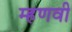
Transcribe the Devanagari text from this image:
म्हणवी